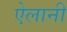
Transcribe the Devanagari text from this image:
ऐलानी